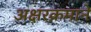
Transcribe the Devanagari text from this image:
अक्षरक्रमाने